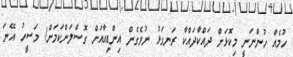
ހުމެއް ހުންނަނީ މިކޮޅަށް ދައްކާދައްކާ ރަނގަޅު ނުވެގެން އިންޑިއާއަށް ގޮސްލަންކަމަށް! މަސީހު އޭނަ